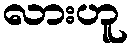
လားဟူ